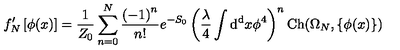
f _ { N } ^ { \prime } \left[ \phi ( x ) \right] = { \frac { 1 } { Z _ { 0 } } } \sum _ { n = 0 } ^ { N } { \frac { \left( - 1 \right) ^ { n } } { n ! } } e ^ { - S _ { 0 } } \left( { \frac { \lambda } { 4 } } \int \mathrm { d ^ { d } } x \phi ^ { 4 } \right) ^ { n } \mathrm { C h } ( \Omega _ { N } , \left\{ \phi ( x ) \right\} )